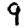
Digit: 9